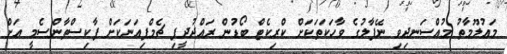
މައުލޫމާތު މުއްސަނދިވި ނޭޕާލުގެ ވާހަކަތަކަށް ކްރިކެޓް ބޯޑުން ރައްދުދީފި ޗެމްޕިއަނަކަށް ޕާކިސްތާންސެމީ އަށް